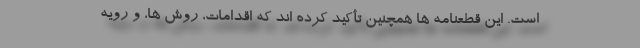
است. این قطعنامه ها همچنین تأکید کرده اند که اقدامات، روش ها، و رویه